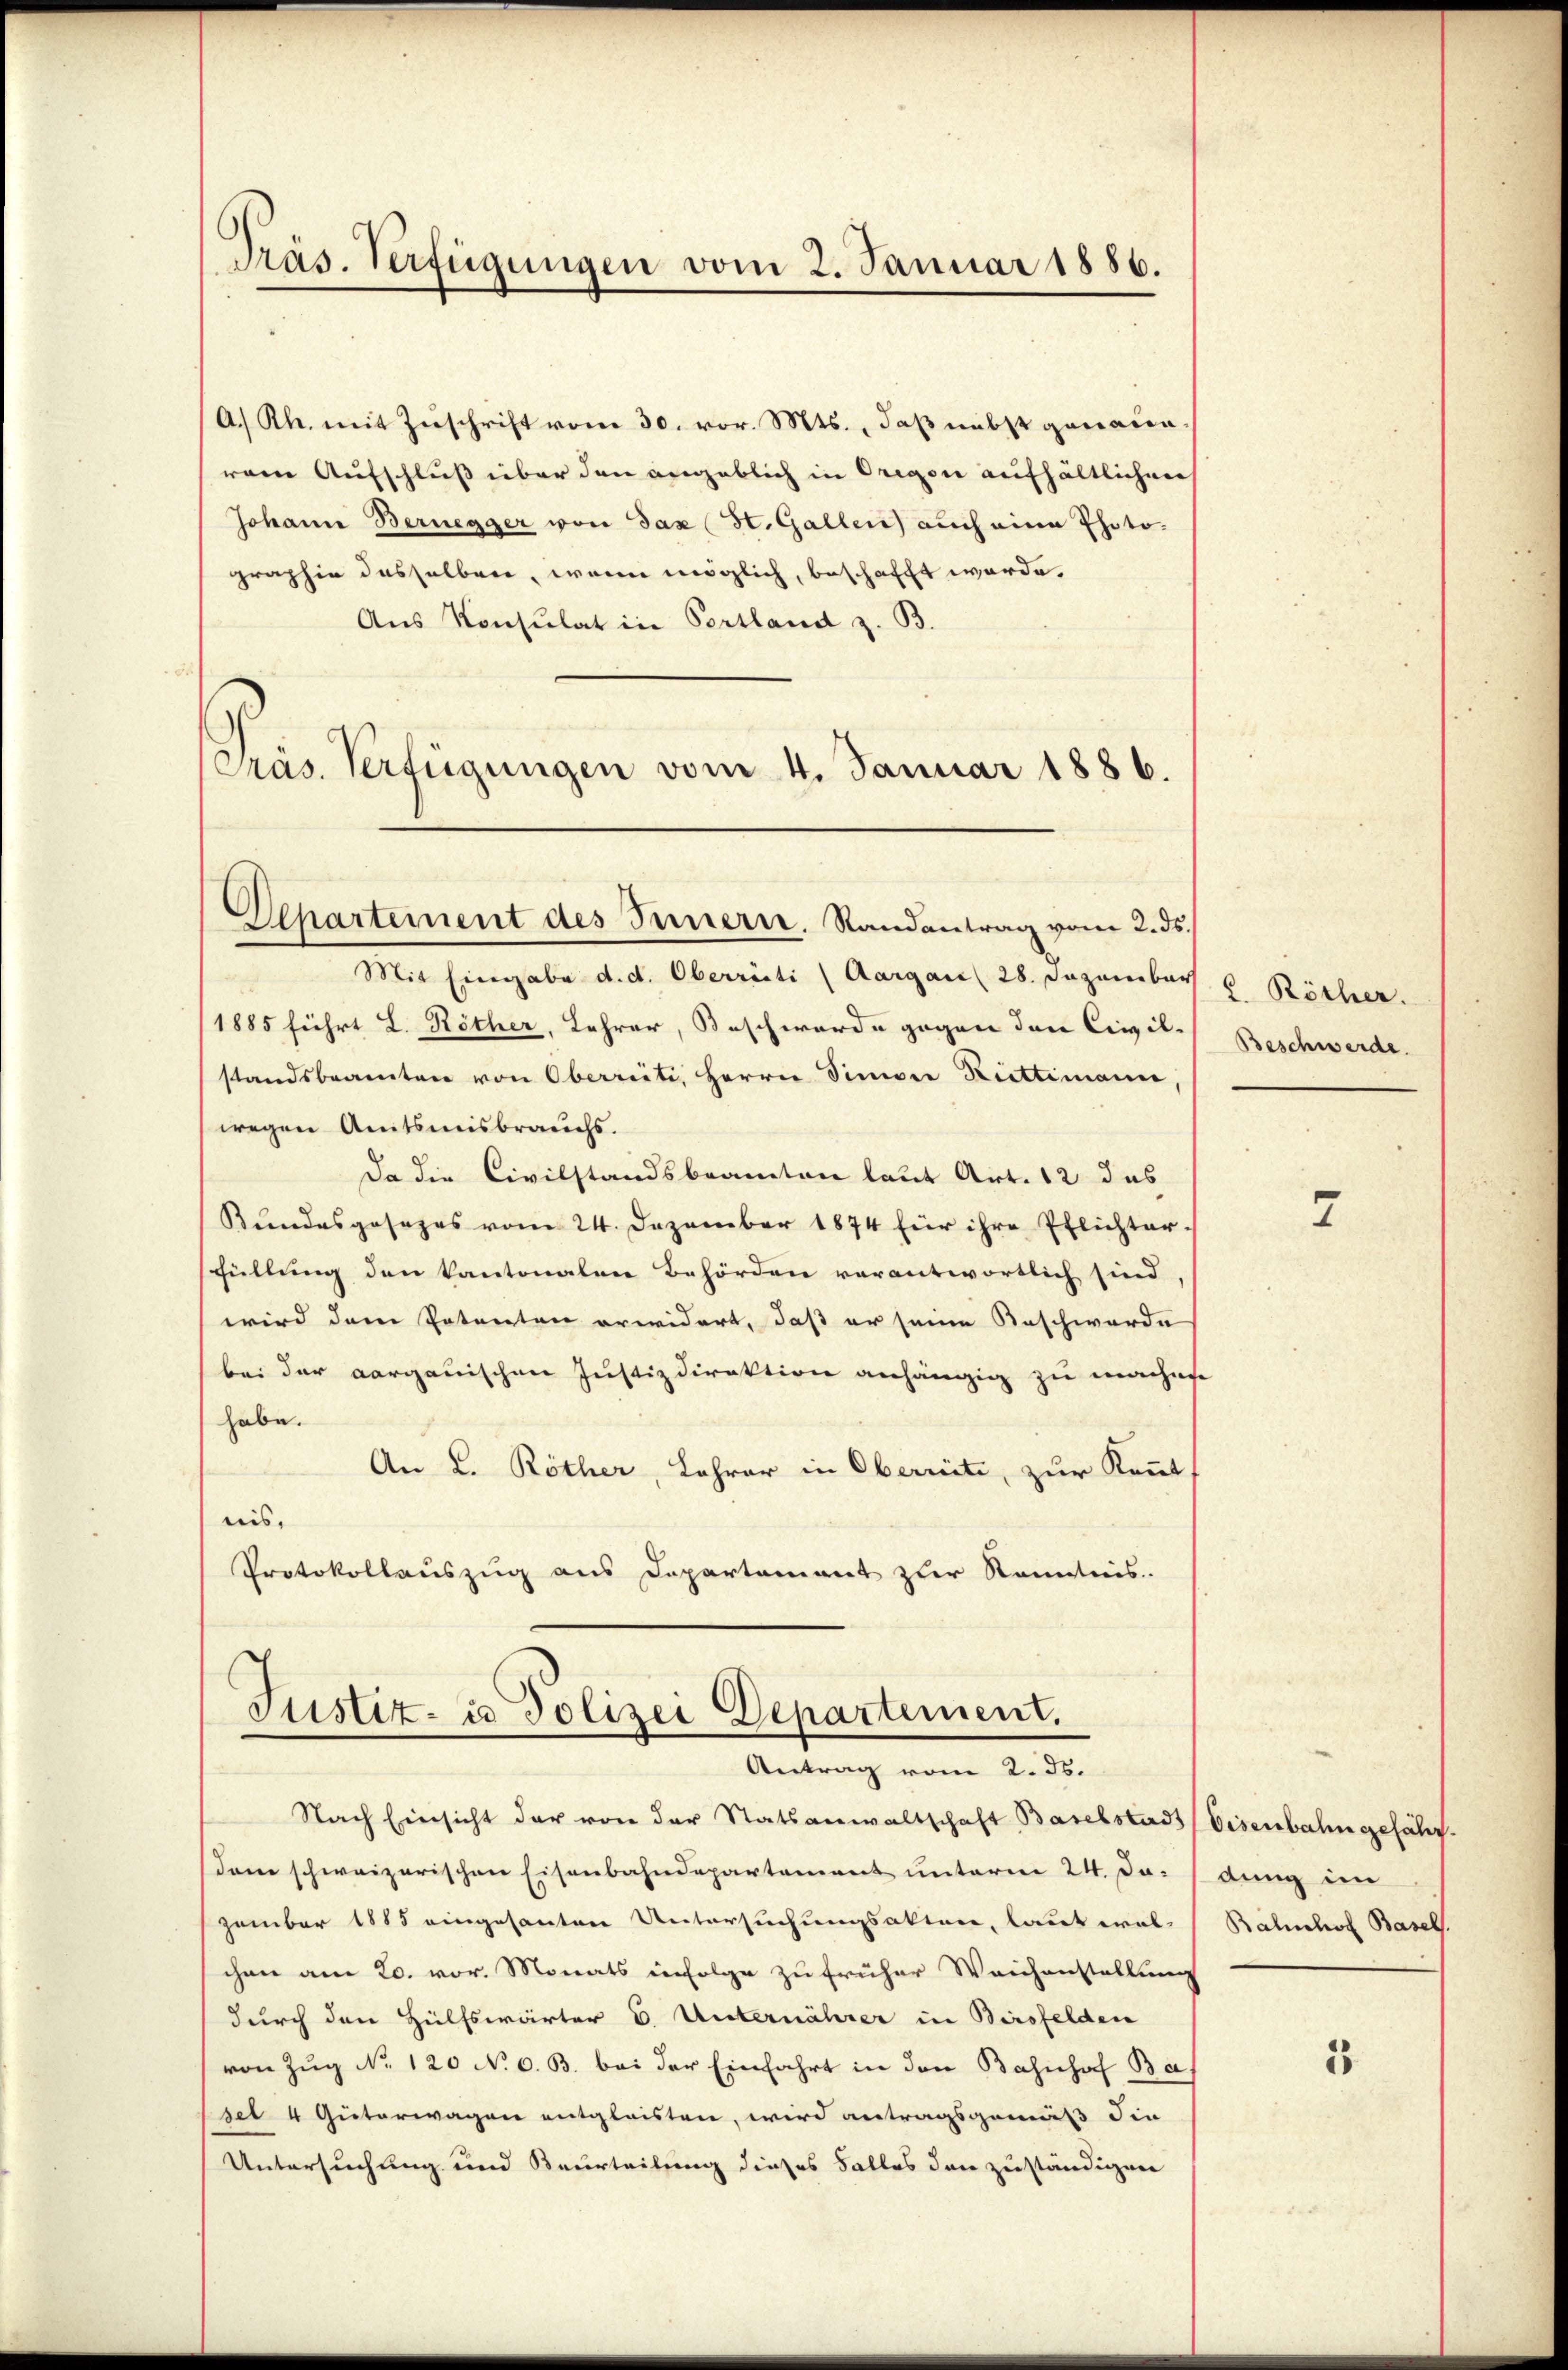
Präs. Verfügungen vom 2. Januar 1886.

A.) Kl. mit Zuschrift vom 30. vor. Mts., daß nebst genauerem Aufschluß über den angeblich in Origon aufhältlichen
Johann Bernegger von Sax St. Gallen auch eine Photographie desselben, wenn möglich, beschafft werde.
Aus Konsulat in Portland z. B.
Präs. Verfügungen vom 4. Januar 1886.

Departement des Innern. Randantrag vom 2. ds.

Mit Eingabe d. d. Oberrüti (Aargau 28. Dezember
(1885 führt L. Röther, Lehrer, Beschwerde gegen den Civil-
standsbeamten von Oberreiti, Herrn Sinner Rittimann
wegen Amtsmisbrauchs.
da die Civilstandsbeamten laut Art. 12 das
Bundesgesezes vom 24. Dezember 1874 für ihre Pflichter-
sfüllung den kantonalen Behörden verantwortlich sind,
wird dem Petenten erwidert, daß er seine Beschwerde
bei der aargauischen Justizdirektion anhängig zu machen
habe.
An L. Röther, Lehrer in Oberrite, zur Kennt
nis,
Protokollauszug aus Departement zur Kenntnis.

Justiz- u Polizei Departement.
Antrag vom 2. ds.

Nach Einsicht der von der Statsanwaltschaft Baselstad (Eisenbahn gefährdem schweizerischen Eisenbahndepartement unterm 24. Da-
zember 1885 eingesanten Untersuchungsakten, laut wal-
chen am 20. vor. Monats infolge zu früher Weichenstellung
durch den Hülfswärter E. Unternährer in Birsfelden
von Zŭg No. 120 No 6. B. bei der Einfahrt in den Bahnhof Ba¬
Esel 4 Güterwagen entgleisten, wird antragsgemäß die
Untersuchung und Beurteilung dieses Falles den zuständigen

2. Röther.
Beschwerde.

2

dung im
Bahnhof Basel.

3